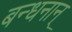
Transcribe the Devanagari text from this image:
बन्‍धनान्